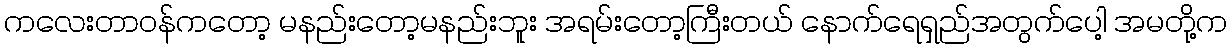
ကလေးတာဝန်ကတော့ မနည်းတော့မနည်းဘူး အရမ်းတော့ကြီးတယ် နောက်ရေရှည်အတွက်ပေါ့ အမတို့က